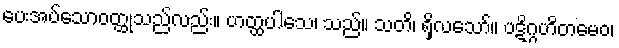
ပေးအပ်သောဝတ္ထုသည်လည်း။ ဟတ္ထပါသေ၊ သည်။ သတိ၊ ရှိလသော်။ ပဋိဂ္ဂဟိတမေဝ၊